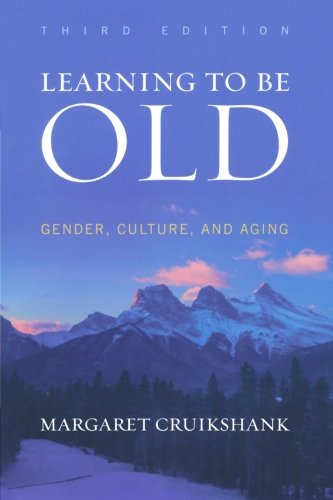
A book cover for Learning to Be Old: Gender, Culture, and Aging; Margaret Cruikshank University of Maine Women's Studies (retired); Politics & Social Sciences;